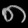
Digit: ၈